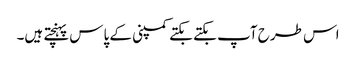
اس طرح آپ بکتے بکتے کمپنی کے پاس پہنچتے ہیں۔